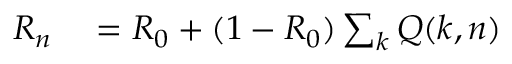
\begin{array} { r l } { R _ { n } } & { { } = R _ { 0 } + ( 1 - R _ { 0 } ) \sum _ { k } Q ( k , n ) } \end{array}